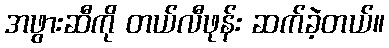
အဖွားဆီကို တယ်လီဖုန်း ဆက်ခဲ့တယ်။